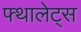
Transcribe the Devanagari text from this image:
फ्थालेट्स